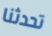
تحدثنا